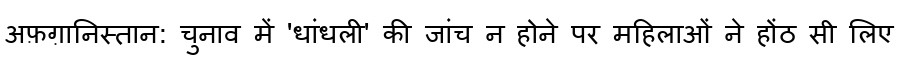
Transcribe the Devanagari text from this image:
अफ़ग़ानिस्तान: चुनाव में 'धांधली' की जांच न होने पर महिलाओं ने होंठ सी लिए